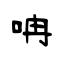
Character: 呥